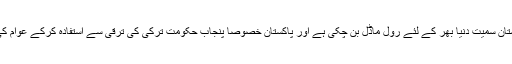
ترکی کی بے مثال اور تیز رفتار ترقی پاکستان سمیت دُنیا بھر کے لئے رول ماڈل بن چکی ہے اور پاکستان خصوصاً پنجاب حکومت ترکی کی ترقی سے استفادہ کرکے عوام کی فلاح وبہبود کے لئے اقدامات کررہی ہے۔